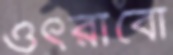
ওৎরাবো